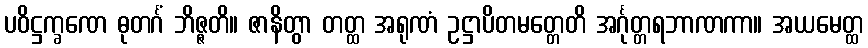
ပဝိဋ္ဌက္ခဏေ ဓုတင်္ဂံ ဘိဇ္ဇတိ။ ဇာနိတွာ တတ္ထ အရုဏံ ဥဋ္ဌာပိတမတ္တေတိ အင်္ဂုတ္တရဘာဏကာ။ အယမေတ္ထ